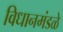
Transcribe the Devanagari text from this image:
विधानमंडळे